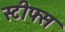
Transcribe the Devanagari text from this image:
स्टीफ्स